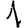
Digit: 1